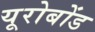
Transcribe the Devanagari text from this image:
यूरोबोंड